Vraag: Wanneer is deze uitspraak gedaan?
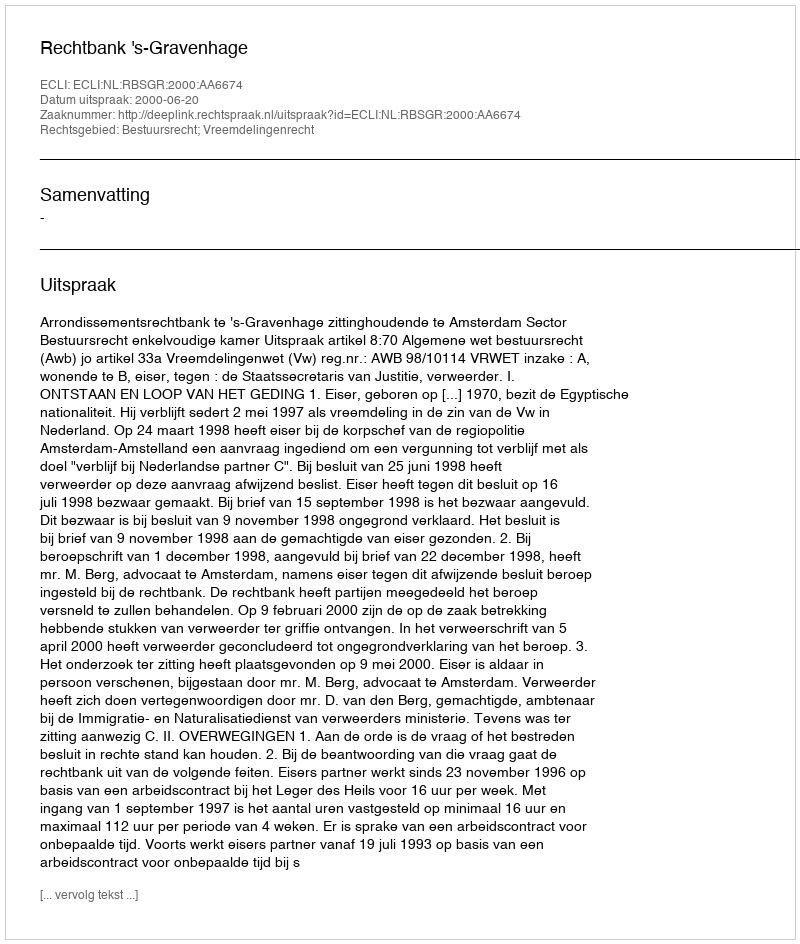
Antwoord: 2000-06-20